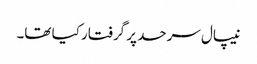
نیپال سرحد پر گرفتار کیا تھا۔